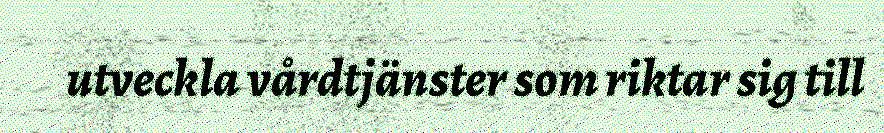
utveckla vårdtjänster som riktar sig till